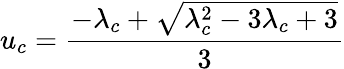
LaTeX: u_{c}=\frac{-\lambda_{c}+\sqrt{\lambda_{c}^{2}-3\lambda_{c}+3}}{3}